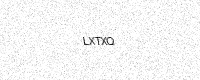
Text: LXTXQ